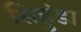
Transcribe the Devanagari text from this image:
सिहुंडा